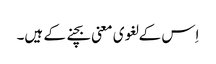
اِس کے لغوی معنی بچنے کے ہیں۔